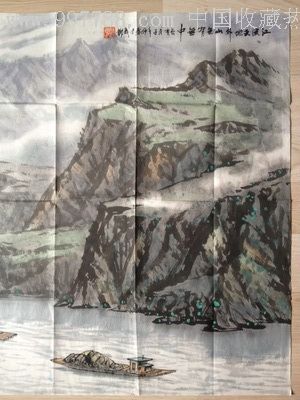
江流天地外，山色有无中。